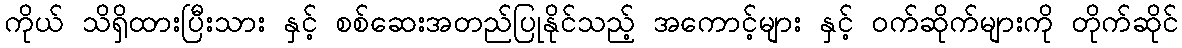
ကိုယ် သိရှိထားပြီးသား နှင့် စစ်ဆေးအတည်ပြုနိုင်သည့် အကောင့်များ နှင့် ဝက်ဆိုက်များကို တိုက်ဆိုင်